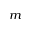
_ m